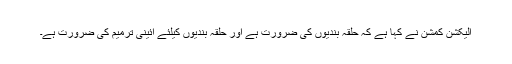
الیکشن کمشن نے کہا ہے کہ حلقہ بندیوں کی ضرورت ہے اور حلقہ بندیوں کیلئے آئینی ترمیم کی ضرورت ہے۔